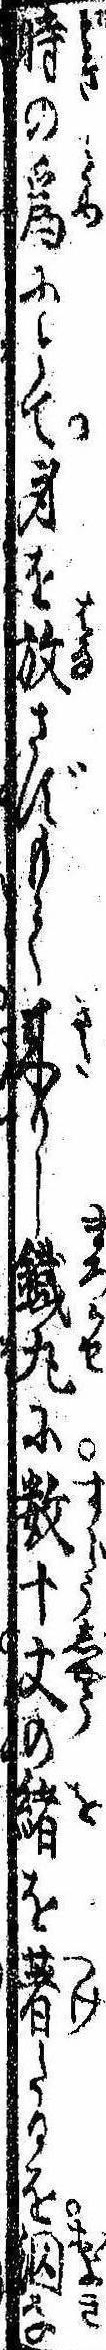
時の為にとて身を放さずもて来りし鉄丸に数十丈の緒を著たるを泅な